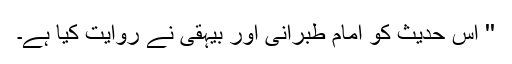
'' اِس حدیث کو امام طبرانی اور بیہقی نے روایت کیا ہے۔